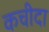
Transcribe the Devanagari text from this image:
कचीदा